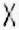
X